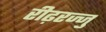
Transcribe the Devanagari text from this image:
रीढ़रज्जु